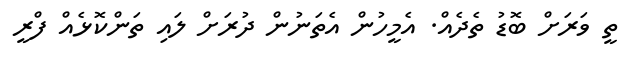
ތީ ވަރަށް ބޮޑު ތެދެއް. އެމީހުން އެތަނުން ދުރަށް ލައި ތަންކޮޅެއް ފްރީ